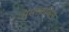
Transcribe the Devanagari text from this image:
मुस्तक़बिल